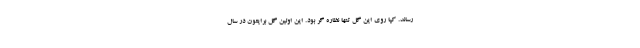
رساند. کپا روی این گل تنها نظاره گر بود. این اولین گل برایتون در سال